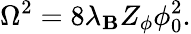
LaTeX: \Omega^{2}=8\lambda_{\mathbf{B}}Z_{\phi}\phi_{0}^{2}.